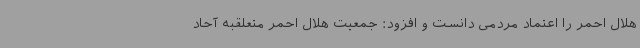
هلال احمر را اعتماد مردمی دانست و افزود: جمعیت هلال احمر متعلقبه آحاد